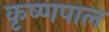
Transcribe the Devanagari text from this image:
कृष्णपाल